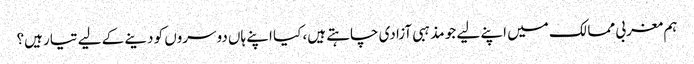
ہم مغربی ممالک میں اپنے لیے جو مذہبی آزادی چاہتے ہیں، کیا اپنے ہاں دوسروں کو دینے کے لیے تیار ہیں؟